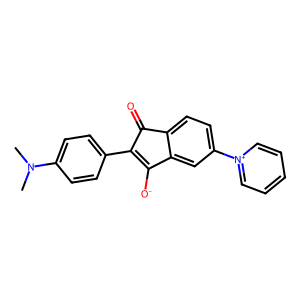
SMILES: CN(C)c1ccc(C2=C([O-])c3cc(-[n+]4ccccc4)ccc3C2=O)cc1
Inhibits HIV replication: No